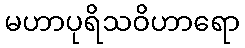
မဟာပုရိသဝိဟာရော